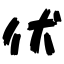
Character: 伏